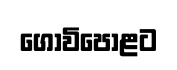
ගොවිපොළට